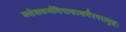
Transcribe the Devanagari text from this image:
क्लेशकर्मविपाकाशयैरपरामृष्टः